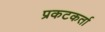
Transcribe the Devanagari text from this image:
प्रकटकर्ता